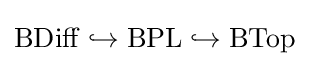
\operatorname {BDiff} \hookrightarrow \operatorname {BPL} \hookrightarrow \operatorname {BTop}